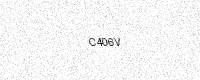
Text: C406V